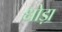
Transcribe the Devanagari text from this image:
धोड़ा